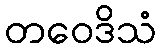
တဝေဒိသံ